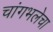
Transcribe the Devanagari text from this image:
चांगभलेचा